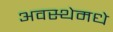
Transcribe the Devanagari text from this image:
अवस्थेमधे